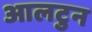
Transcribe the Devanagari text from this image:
आलटुन